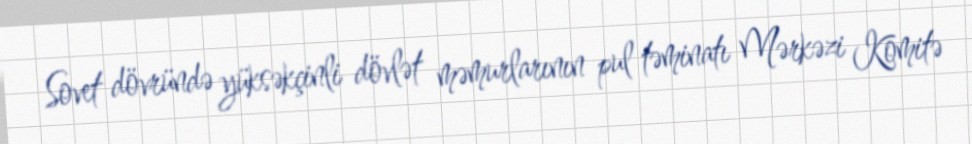
Sovet dövründə yüksəkçinli dövlət məmurlarının pul təminatı Mərkəzi Komitə